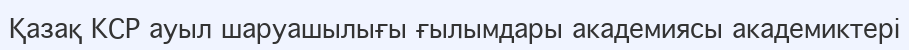
Қазақ КСР ауыл шаруашылығы ғылымдары академиясы академиктері